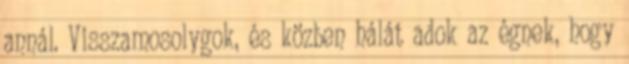
annál. Visszamosolygok, és közben hálát adok az égnek, hogy